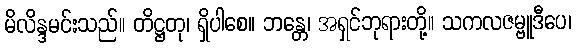
မိလိန္ဒမင်းသည်။ တိဋ္ဌတု၊ ရှိပါစေ။ ဘန္တေ၊ အရှင်ဘုရားတို့။ သကလဇမ္ဗူဒီပေ၊